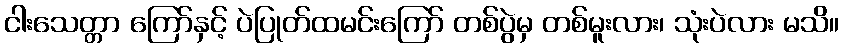
ငါးသေတ္တာ ကြော်နှင့် ပဲပြုတ်ထမင်းကြော် တစ်ပွဲမှ တစ်မူးလား၊ သုံးပဲလား မသိ။